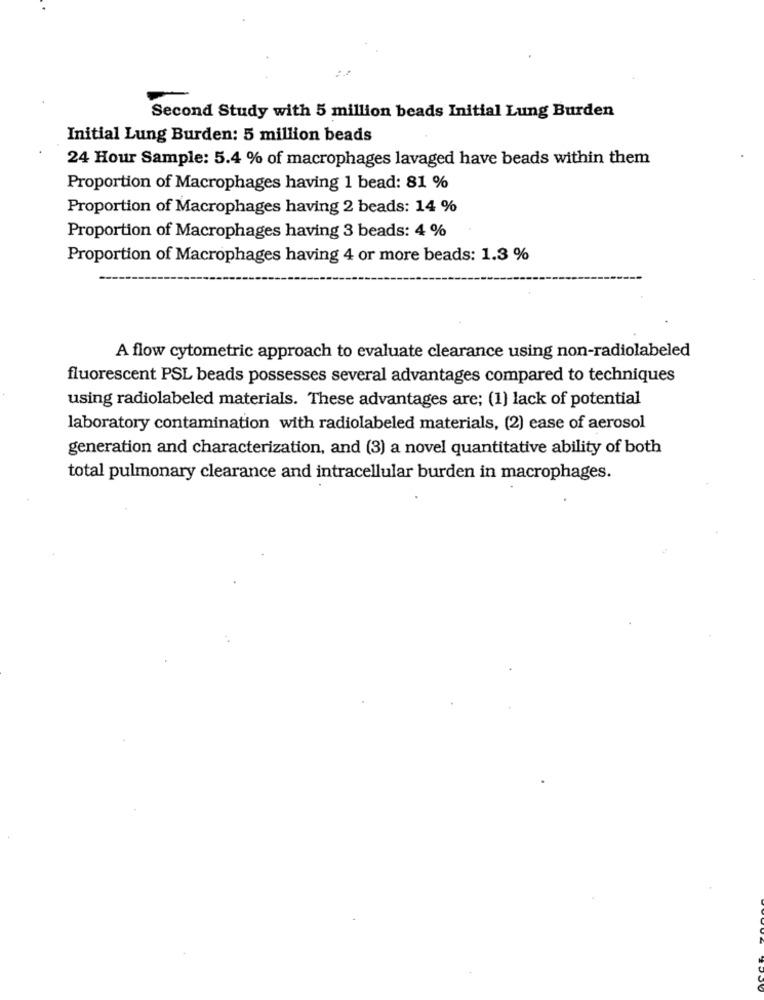
Second Study with 5 million beads Initial Lung Burden
Initial Lung Burden: 5 million beads
24 Hour Sample: 5.4 % of macrophages lavaged have beads within them
Proportion of Macrophages having 1 bead: 81 %
Proportion of Macrophages having 2 beads: 14 %
Proportion of Macrophages having 3 beads: 4 %
Proportion of Macrophages having 4 or more beads: 1.3 %
A flow cytometric approach to evaluate clearance using non-radiolabeled
fluorescent PSL beads possesses several advantages compared to techniques
using radiolabeled materials. These advantages are; (1) lack of potential
laboratory contamination with radiolabeled materials, (2) ease of aerosol
generation and characterization, and (3) a novel quantitative ability of both
total pulmonary clearance and intracellular burden in macrophages.